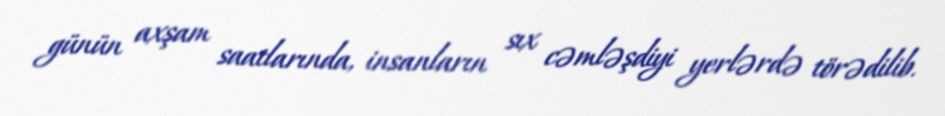
günün axşam saatlarında, insanların sıx cəmləşdiyi yerlərdə törədilib.